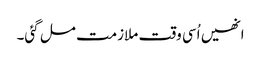
انھیں اُسی وقت ملازمت مل گئی۔